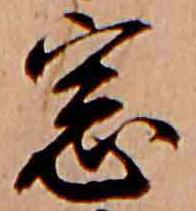
窓